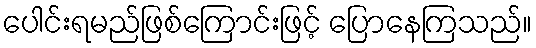
ပေါင်းရမည်ဖြစ်ကြောင်းဖြင့် ပြောနေကြသည်။